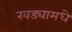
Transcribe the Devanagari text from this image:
खड्यामधे